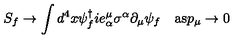
S _ { f } \rightarrow \int d ^ { 4 } x \psi _ { f } ^ { \dagger } i e _ { \alpha } ^ { \mu } \sigma ^ { \alpha } \partial _ { \mu } \psi _ { f } \quad \mathrm { a s } p _ { \mu } \rightarrow 0